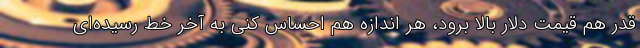
قدر هم قیمت دلار بالا برود، هر اندازه هم احساس کنی به آخر خط رسیده‌ای